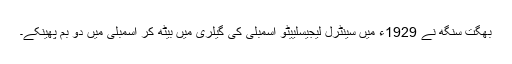
بھگت سنگھ نے 1929ء میں سینٹرل لیجیسلییٹو اسمبلی کی گیلری میں بیٹھ کر اسمبلی میں دو بم پھینکے۔